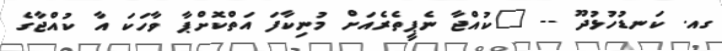
ގއ. ކަނޑުހުޅުދޫ -- "ކުއްޖާ ނެޕީތެރެއަށް މުނިކާފަ އަތްކޮށްޕާ ވާހަކަ އާ ކުއްޖާގެ